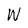
Character: W